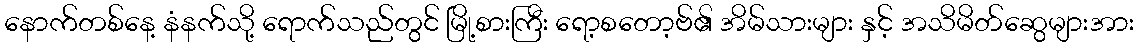
နောက်တစ်နေ့ နံနက်သို့ ရောက်သည်တွင် မြို့စားကြီး ရော့စတော့ဗ်၏ အိမ်သားများ နှင့် အသိမိတ်ဆွေများအား